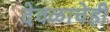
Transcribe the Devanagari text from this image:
देवळाचेही